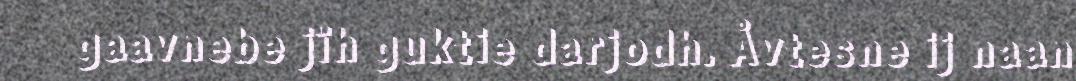
gaavnebe jïh guktie darjodh. Åvtesne ij naan